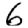
Digit: 6